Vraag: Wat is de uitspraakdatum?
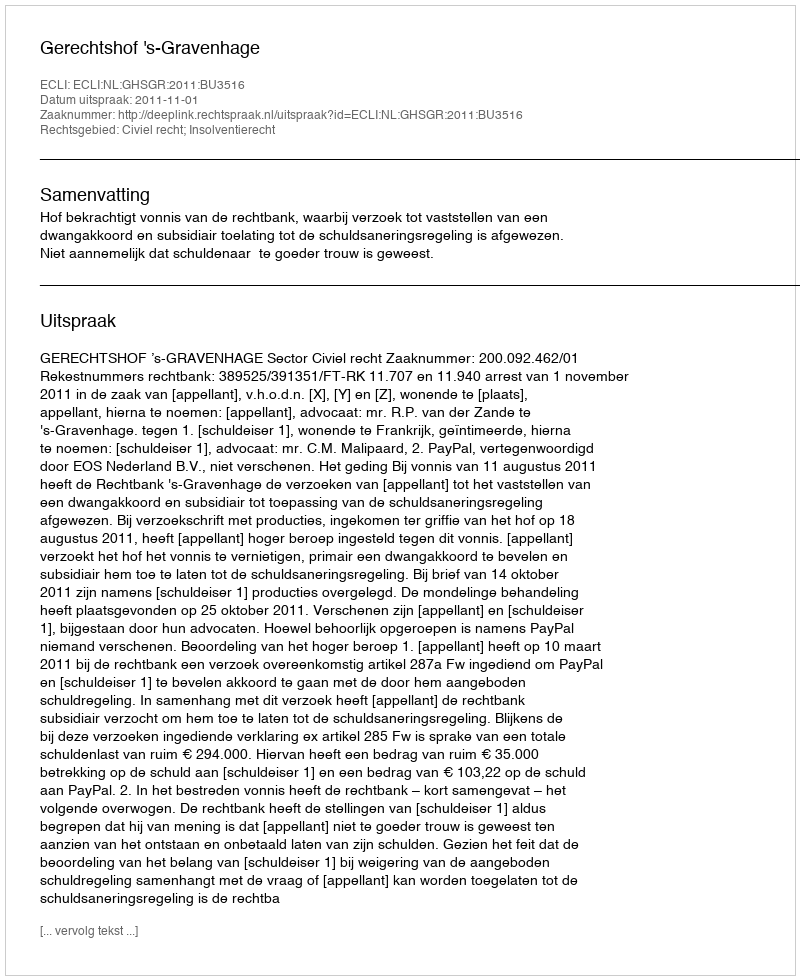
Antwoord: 2011-11-01